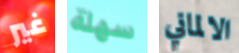
غير سهلة الالماني